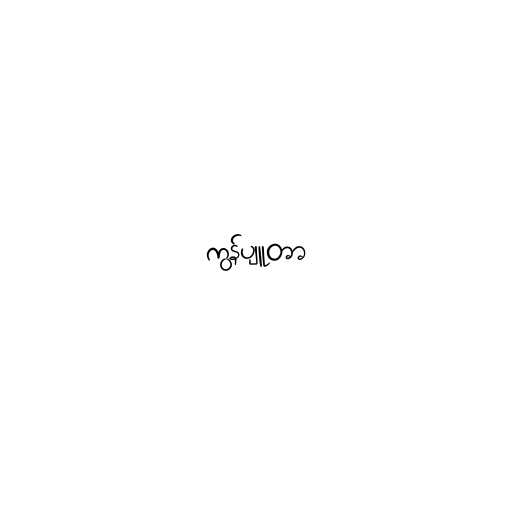
ကွန်ပျူတာ